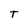
Character: T